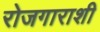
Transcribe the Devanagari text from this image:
रोजगाराशी